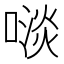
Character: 𠻪